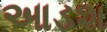
આડશ